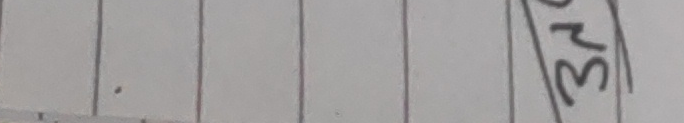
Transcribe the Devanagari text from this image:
३४